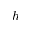
h